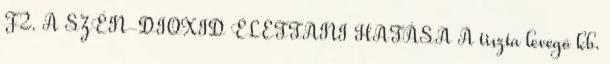
F2. A SZÉN-DIOXID ÉLETTANI HATÁSA A tiszta levegõ kb.